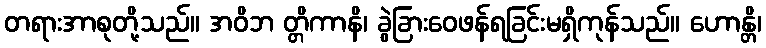
တရားအာစုတို့သည်။ အဝိဘ တ္တိကာနိ၊ ခွဲခြားဝေဖန်ရခြင်းမရှိကုန်သည်။ ဟောန္တိ၊